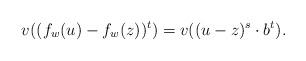
LaTeX: \begin{align*}v((f_{w}(u)-f_{w}(z))^t)=v((u-z)^s \cdot b^t).\end{align*}